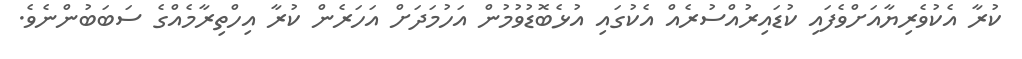
ކުރާ އެކުވެރިޔާއަށްވެފައި ކުޑައިރުއްސުރެއް އެކުގައި އުޅެބޮޑުވުމުން އަހުމަދަށް އަހަރެން ކުރާ އިހްތިރާމެއްގެ ސަބަބުންނެވެ.